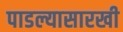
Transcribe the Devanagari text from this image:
पाडल्यासारखी